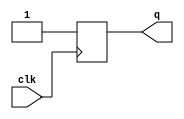
`timescale 1ns / 1ps
//////////////////////////////////////////////////////////////////////////////////
// Company: 
// Engineer: 
// 
// Design Name: 
// Module Name: DFlipFlop
// Project Name: 
// Target Devices: 
// Tool Versions: 
// Description: 
// 
// Dependencies: 
// 
// Revision:
// Revision 0.01 - File Created
// Additional Comments:
// 
//////////////////////////////////////////////////////////////////////////////////

module DFlipFlop(
    input clk,
    output reg q
);
    always @(negedge clk) begin
            q <= 1;
    end
endmodule